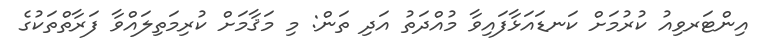
އިންޓަރވިއު ކުރުމަށް ކަނޑައަޅާފައިވާ މުއްދަތު އަދި ތަން: މި މަޤާމަށް ކުރިމަތިލައްވާ ފަރާތްތަކުގެ